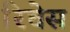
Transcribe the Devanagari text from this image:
रिचेस